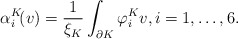
\begin{align*}\alpha_i^K\!(v)=\frac{1}{\xi_K}\int_{\partial K}\varphi_i^K v,i=1,\ldots,6.\end{align*}